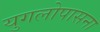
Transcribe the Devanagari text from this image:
युगलोपासना